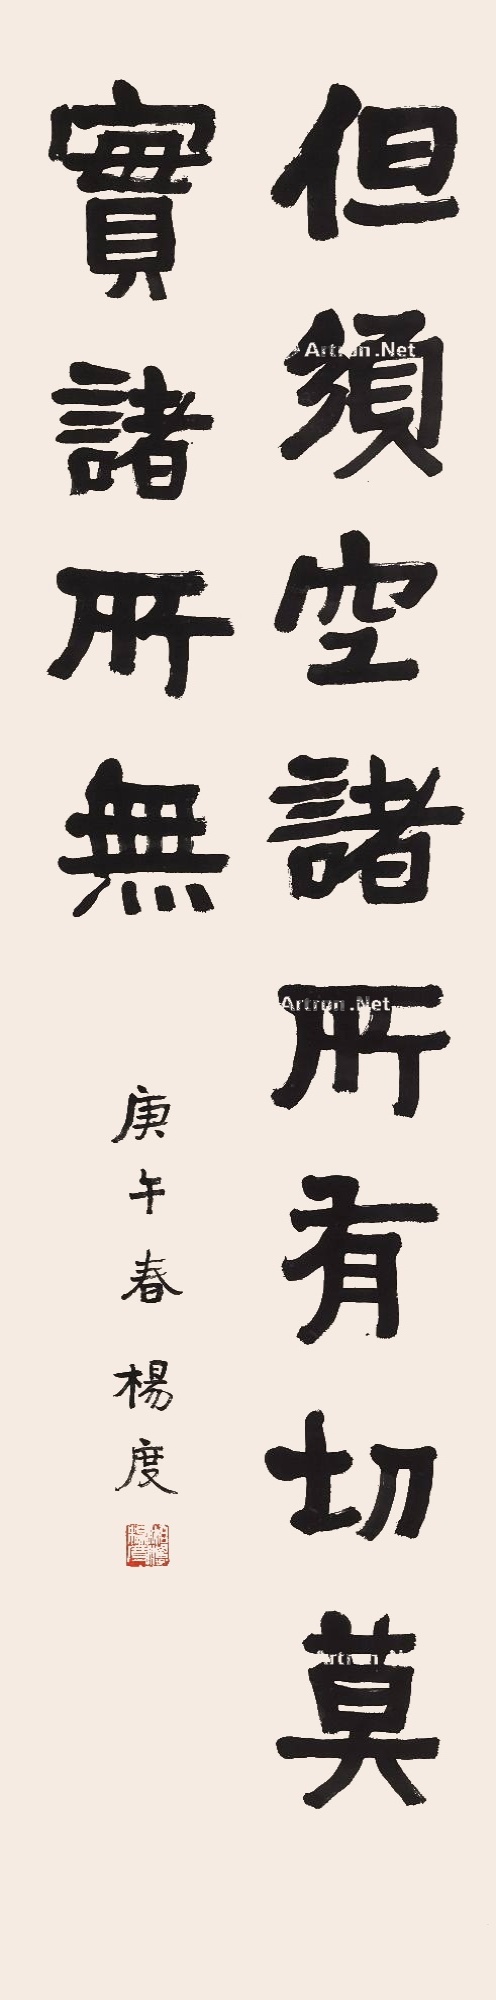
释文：但须空诸所有，切莫实诸所无。庚午春，杨度。